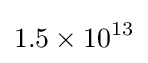
1.5\times 10^{13}